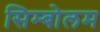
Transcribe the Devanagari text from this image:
सिम्बोलम